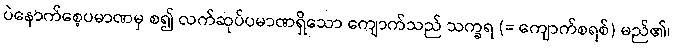
ပဲနောက်စေ့ပမာဏမှ စ၍ လက်ဆုပ်ပမာဏရှိသော ကျောက်သည် သက္ခရ (= ကျောက်စရစ်) မည်၏၊